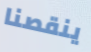
ينقصنا